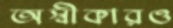
অস্বীকারও